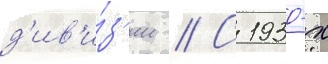
д'ив'и́з'ии // С 1930-х